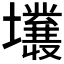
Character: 𡓙